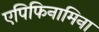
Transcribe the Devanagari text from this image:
एपिफिनामिना